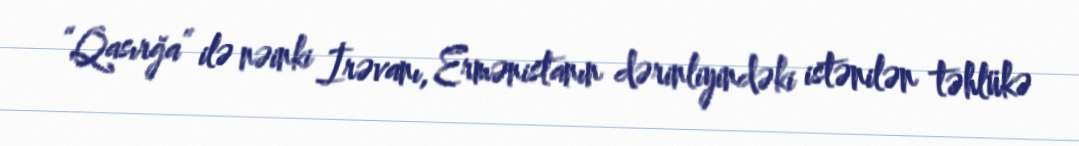
“Qasırğa” ilə nəinki İrəvanı, Ermənistanın dərinliyindəki istənilən təhlükə